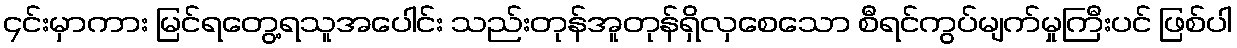
၄င်းမှာကား မြင်ရတွေ့ရသူအပေါင်း သည်းတုန်အူတုန်ရှိလှစေသော စီရင်ကွပ်မျက်မှုကြီးပင် ဖြစ်ပါ